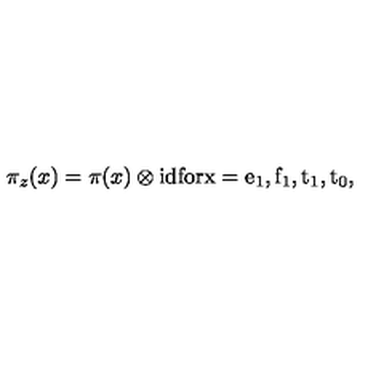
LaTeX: \pi _ { z } ( x ) = \pi ( x ) \otimes \mathrm { i d } \mathrm { f o r x = e _ 1 , f _ 1 , t _ 1 , t _ 0 } ,